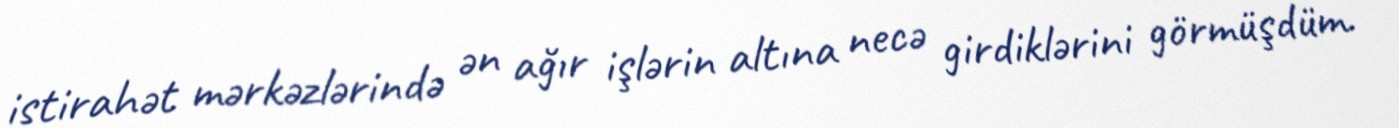
istirahət mərkəzlərində ən ağır işlərin altına necə girdiklərini görmüşdüm.